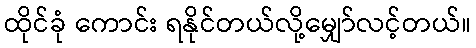
ထိုင်ခုံ ကောင်း ရနိုင်တယ်လို့မျှော်လင့်တယ်။